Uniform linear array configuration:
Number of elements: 48
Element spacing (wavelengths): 1
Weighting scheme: kaiser
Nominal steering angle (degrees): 30
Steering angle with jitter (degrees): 29.952
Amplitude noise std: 0.05
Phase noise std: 0.05

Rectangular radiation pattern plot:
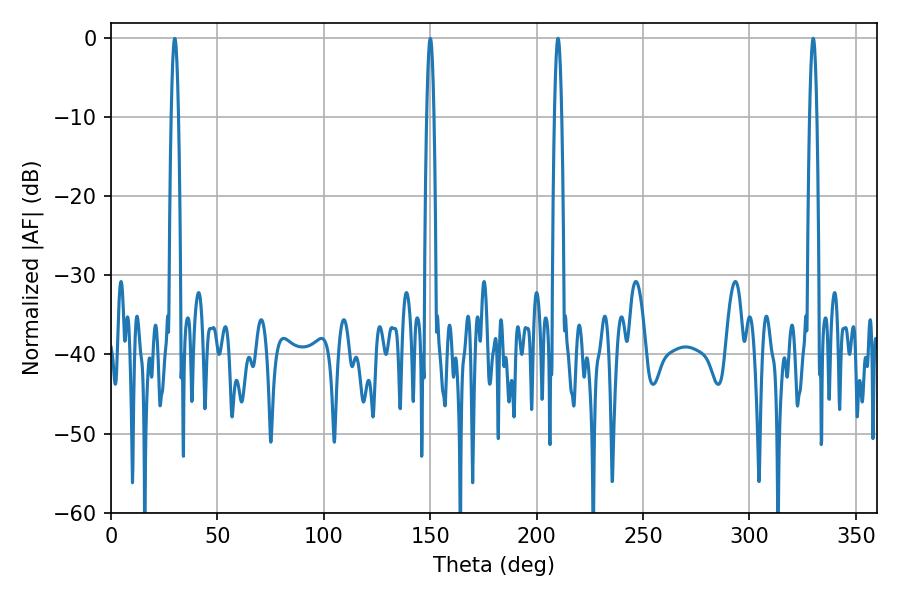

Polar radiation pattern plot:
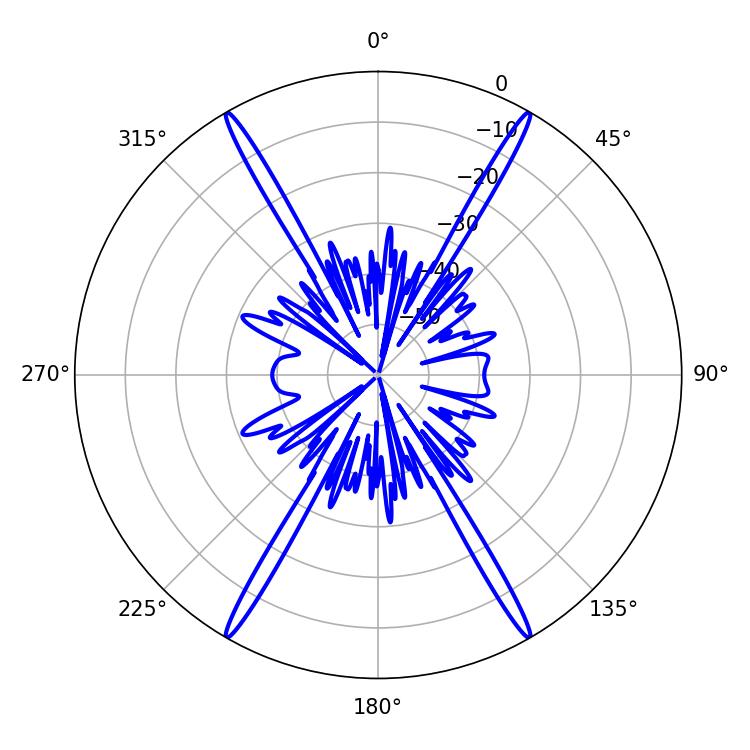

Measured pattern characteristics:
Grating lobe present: TRUE
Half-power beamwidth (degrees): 1.8
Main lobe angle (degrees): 329.94